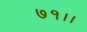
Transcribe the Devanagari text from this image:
७१।।